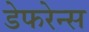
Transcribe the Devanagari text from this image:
डेफरेन्स